Annual report on the health of the army in India
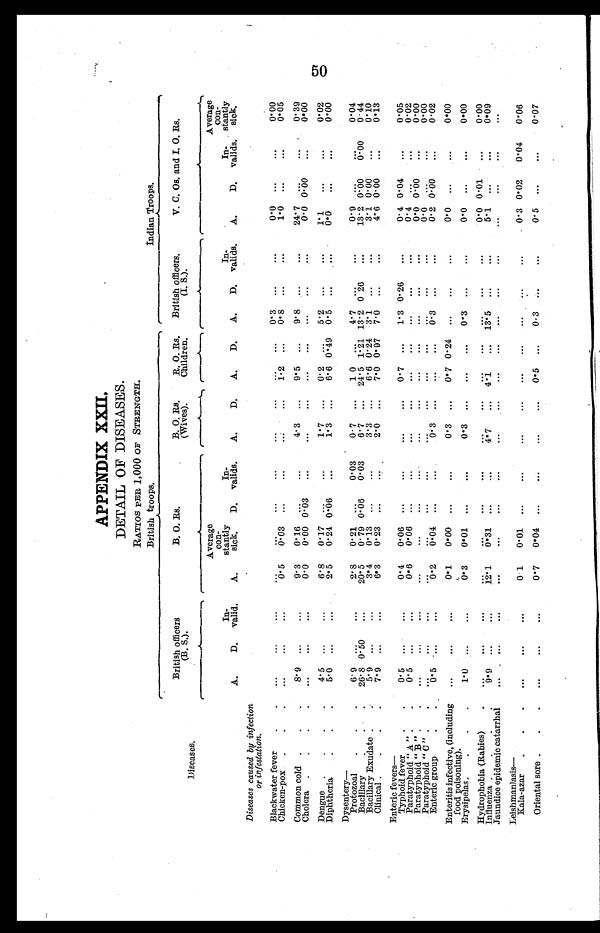
APPENDIX XXII.
DETAIL OF DISEASES.
RATIOS PER 1,000 OF STRENGTH.
British troops.
Indian Troops.
Diseases.
British officers
(B. S.).
B. O. Rs.
B. O. Rs.
(Wives).
R. O. Rs.
Children.
British officers.
(I. S.).
V. C. Os. and I. O. Rs.
A.
D.
In-
valid.
A.
Average
con-
stantly
sick. D.
In-
valids.
A.
D. A. D. A. D.
In-
valids. A.
D.
In-
valids.
Average
con-
stantly
sick.
Diseases caused by infection
or infestation.
Blackwater fever
Chicken-pox
0.5 0.03
1.2
0. 3
0. 8
0.0
1.0
0.00 0 . 0 5
Common cold
Cholera
8.9
9.3
0.0
0.16
0.00
0
.
0 3
4.3
9.5
9.8
24.7
0.0
0.00
0.39
0.00
Dengue
Diphtheria
4.5
5.0
6.8
2.5 0.17
0.24 0 ;06
1.7
1.3
0.2
6.6 0.49
5. 2
0.5
1.1
0.0
0.02
0.00
D y s e n t e r y — Protozoal
Bacillary
Bacillary Exudate
Clinical
6.9
26.8
5.9
7.9
0.50
2.8
20.5
3.4
6.3
0.21
0.79
0.13
0.23
0.06
0.03
0.03
0.7
6.7
3.3
2.0
1.0
24.5
6.6
7.0
1.21
0.24
0.97
4.7
13.2
3.1
7.0
0 . 2 6
0.9
13.2
3.1
4.6
0.00
0.00
0.00
0.00
0.04
0.44 0 . 1 0
0.13
Enteric fevers
—
Typhoid fever
Paratyphoid "A"
Paratyphoid "B"
Paratyphoid "C"
Enteric group
0.5
0.5
0 . 5
0.4
0.6
0.2
0.06
0.06
0.04
0.3
0.7
1.3
0.3
0.26
0.4
0.4
0
.0
0.0
0.2
0.04
0.00
0.00
0.05
0.02
0.00
0.00
0.02
Enteritis infective, (including
food poisoning).
Erysipelas
1.0
0.1
0.3
0.00
0.01
0.3 0.3
0.7 0.24
0 . 3
0.0
0.0
0.00
0.00
Hydrophobia (Rabies)
Influenza
Jaundice epidemic catarrhal
9 . 9
12.1 0.31
4. 7
4.1
1. 3.5
0.0
5.1
0.01
0.00
0.09
Leishmanlasis
—
Kala-azar
0 1 0.01
0.3 0.02 0.04 0.06
Oriental sore
0.7 0.04
0.5
0.3
0.5
0.07
50